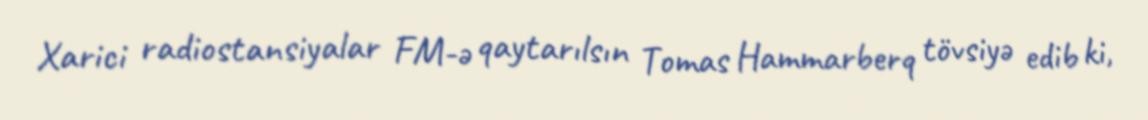
Xarici radiostansiyalar FM-ə qaytarılsın Tomas Hammarberq tövsiyə edib ki,